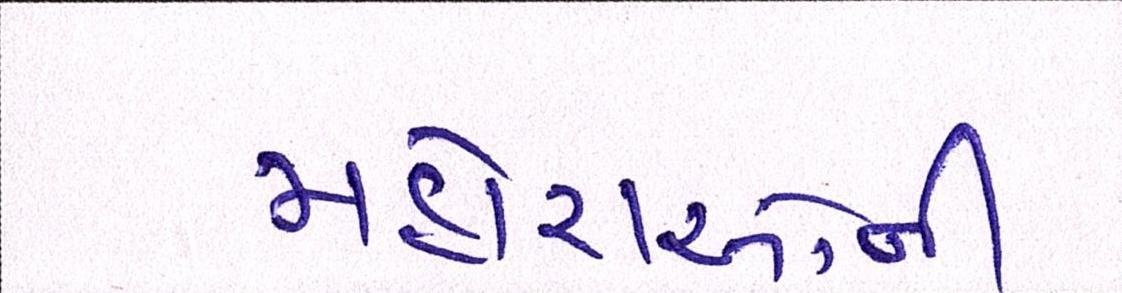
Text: મહોરાઓની